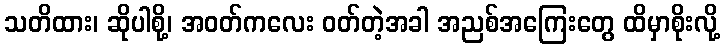
သတိထား၊ ဆိုပါစို့၊ အဝတ်ကလေး ဝတ်တဲ့အခါ အညစ်အကြေးတွေ ထိမှာစိုးလို့